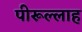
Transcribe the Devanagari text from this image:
पीरूल्लाह